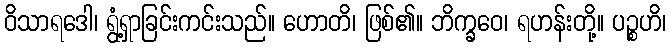
ဝိသာရဒေါ၊ ရွံ့ရှာခြင်းကင်းသည်။ ဟောတိ၊ ဖြစ်၏။ ဘိက္ခဝေ၊ ရဟန်းတို့။ ပဉ္စဟိ၊